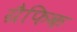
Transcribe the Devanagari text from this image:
ग्रैफिक